Annual report on the working of the lock hospitals in the North-Western Provinces and Oudh
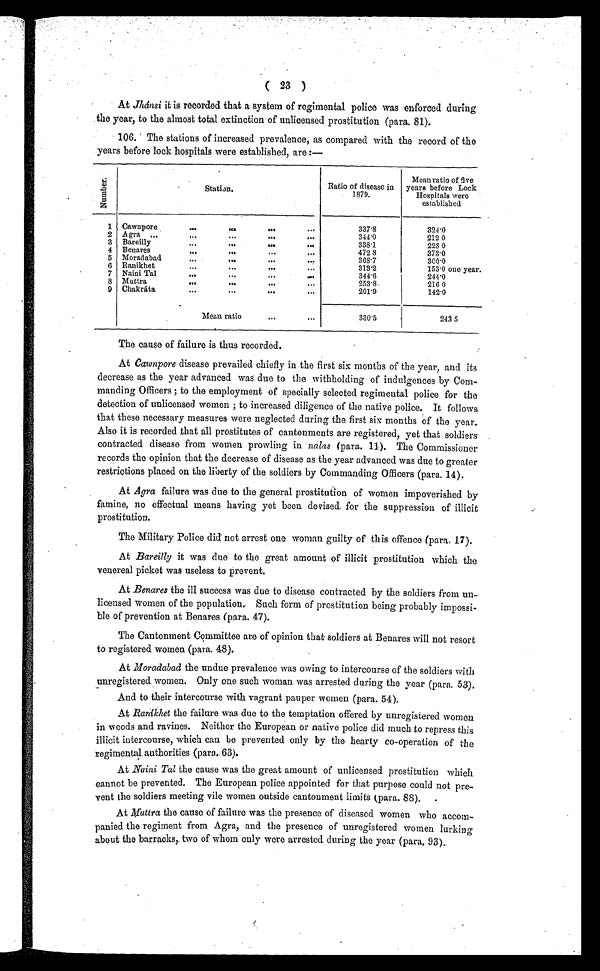
( 23 )
At Jlánsi it is recorded that a system of regimental police was enforced during
the year, to the almost total extinction of unlicensed prostitution (para. 81).
106. The stations of increased prevalence, as compared with the record of the
years before lock hospitals were established, are :—
N u m b e r .
S t a t i o n .
Ratio of disease in
1879.
Mean ratio of five
years before Lock
Hospitals were
established
1 Cawupore
...
... ...
...
3 3 7 . 8
324.0
2 Agra .,.
... ... ...
344.0
212 0
3 Bareilly
... ...
...
...
338.1
228 0
4 Benares
...
... ...
472 8
373.0
5 Moradabad
...
...
...
...
368.7
300.0
6 Ranikhet
... ... ...
3 1 3 . 2
153.0 one year.
7 Naini Tal
.... ...
344.6
244.0
8 Muttra
...
...
...
253.8
216 0
9 Chakráta
...
...
...
201.9
142.0
Mean ratio
...
. . .
3 3 0 . 5
243 5
The cause of failure is thus recorded.
At Cawnpore disease prevailed chiefly in the first six months of the year, and its
decrease as the year advanced was due to the withholding of indulgences by Com-
manding Officers;to the employment of specially selected regimental police for the
detection of unlicensed women ; to increased diligence of the native police. It follows
that these necessary measures were neglected during the first six months of the year.
Also it is recorded that all prostitutes of cantonments are registered, yet that soldiers
contracted disease from women prowling in nalas (para. 11). The Commissioner
records the opinion that the decrease of disease as the year advanced was due to greater
restrictions placed on the liberty of the soldiers by Commanding Officers (para. 14).
At Agra failure was due to the general prostitution of women impoverished by
famine, no effectual means having yet been devised for the suppression of illicit
prostitution.
The Military Police did not arrest one woman guilty of this offence (para. 17).
At Bareilly it was due to the great amount of illicit prostitution which the
venereal picket was useless to prevent.
At Benares the ill success was due to disease contracted by the soldiers from un-
licensed women of the population. Such form of prostitution being probably impossi-
ble of prevention at Benares (para. 47).
The Cantonment Committee are of opinion that soldiers at Benares will not resort
to registered women (para. 48).
At Moradabad the undue prevalence was owing to intercourse of the soldiers with
unregistered women. Only one such woman was arrested during the year (para. 53).
And to their intercourse with vagrant pauper women (para. 54).
At Ranikhet the failure was due to the temptation offered by unregistered women
in woods and ravines. Neither the European or native police did much to repress this
illicit intercourse, which can be prevented only by the hearty co-operation of the
regimental authorities (para. 63).
At Naini Tal the cause was the great amount of unlicensed prostitution which
cannot be prevented. The European police appointed for that purpose could not pre-
vent the soldiers meeting vile women outside cantonment limits (para. 88).
At Muttra the cause of failure was the presence of diseased women who accom-
panied the regiment from Agra, and the presence of unregistered women lurking
about the barracks, two of whom only were arrested during the year (para. 93),